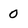
Character: 0